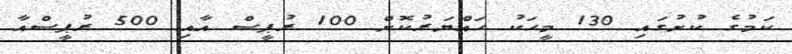
ކަމުގެ ކުށުގައި 130 މީހަކު ހައްޔަރުކޮށް 100 ރުޕީސް އާއި 500 ރުޕީސްއާ